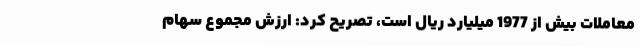
معاملات بیش از 1977 میلیارد ریال است، تصریح کرد: ارزش مجموع سهام